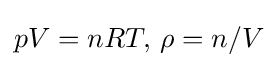
pV=nRT,\,\rho =n/V